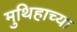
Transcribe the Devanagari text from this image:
मुथिहाच्या